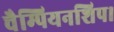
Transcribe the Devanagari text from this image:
चैम्पियनशिप।